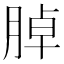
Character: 𦜰